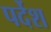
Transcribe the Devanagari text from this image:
पर्देश